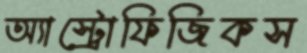
অ্যাস্ট্রোফিজিকস